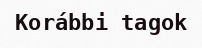
Korábbi tagok